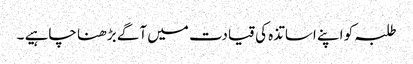
طلبہ کو اپنے اساتذہ کی قیادت میں آگے بڑھنا چاہیے ۔